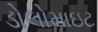
ડોલોમાઇટ